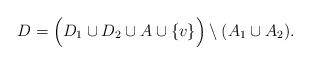
LaTeX: \begin{align*}D = \Big( D_1 \cup D_2 \cup A \cup \{v\} \Big) \setminus (A_1 \cup A_2).\end{align*}